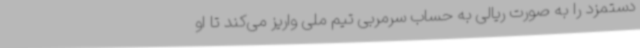
دستمزد را به صورت ریالی به حساب سرمربی تیم ملی واریز می‌کند تا او